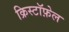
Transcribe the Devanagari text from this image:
क्रिस्टॉफ़ेल